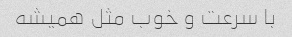
با سرعت و خوب مثل همیشه